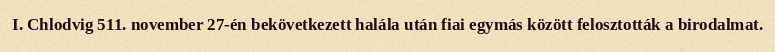
I. Chlodvig 511. november 27-én bekövetkezett halála után fiai egymás között felosztották a birodalmat.